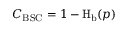
C _ { \mathrm { B S C } } = 1 - \operatorname { H } _ { \mathrm { b } } ( p )